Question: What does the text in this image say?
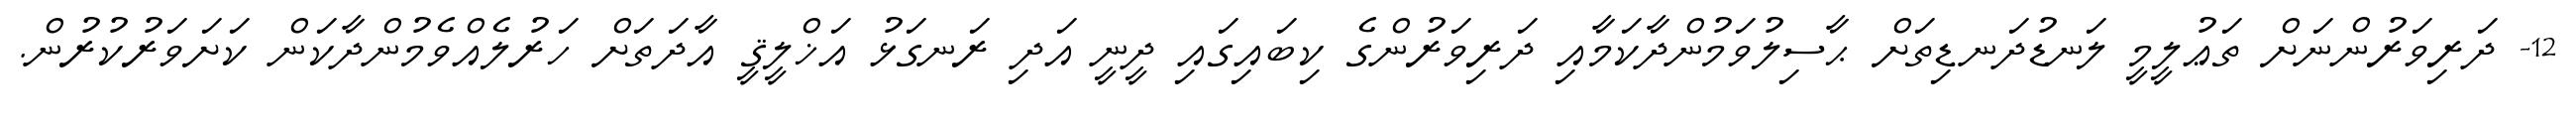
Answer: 12- ދަރިވަރުންނަށް ތަޢުލީމީ ލަނޑުދަނޑިތަށް ޙާސިލުވަމުންދާކަމާއި ދަރިވަރުންގެ ކިބައިގައި ދީނީ އަދި ރަނގަޅު އަޚްލީޤީ އާދަތަށް ހަރުލެއްވެމުންދާކަން ކަށަވަރުކުރުން.